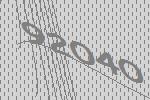
92040